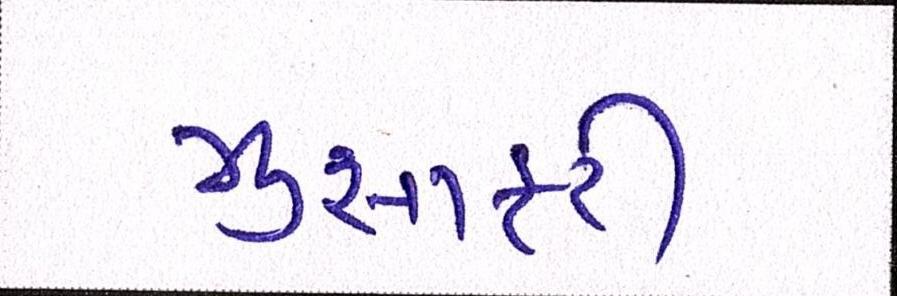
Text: મુસાફરી